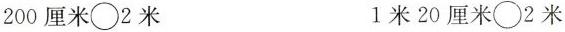
200厘米\bigcirc 2米 1米20厘米\bigcirc 2米